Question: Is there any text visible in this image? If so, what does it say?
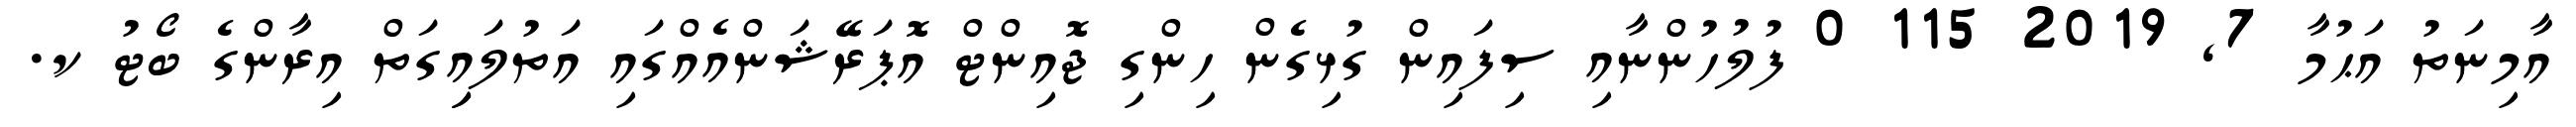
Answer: އާމިނަތު އަޙުމާ 7, 2019 115 0 ފުލުހުންނާއި ސިފައިން ގުޅިގެން ހިންގި ޖޮއިންޓް އޮޕަރޭޝަންއެއްގައި އަތުލައިިގަތް އިރާންގެ ބޯޓު ކ.